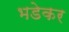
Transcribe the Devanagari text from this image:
भडेकर